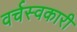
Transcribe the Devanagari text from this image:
वर्चस्वकारी